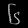
Digit: ၆